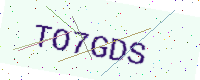
Text: TO7GDS